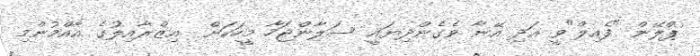
ޕްލޭން "ފެއިލް"ވީ އަދި އޭނާ ވެގެންދިޔައީ ސަލާންޖަހާ މީހަކަށް  އިޒްރާއިލުގެ އާއްމުންމި